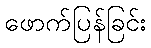
ဖောက်ပြန်ခြင်း